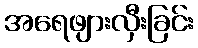
အရေဖျားလှီးခြင်း